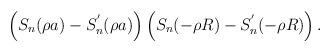
LaTeX: \begin{align*}\left( S_n(\rho a)-S^{'}_n(\rho a)\right)\left( S_n(-\rho R)-S^{'}_n(-\rho R)\right) .\end{align*}